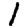
Digit: 1